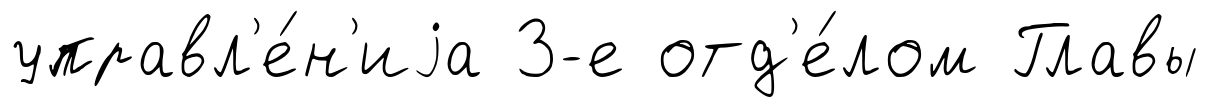
управл'е́н'иjа 3-е отд'е́лом Главы